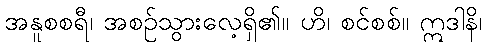
အနူစစရီ၊ အစဉ်သွားလေ့ရှိ၏။ ဟိ၊ စင်စစ်။ ဣဒါနိ၊